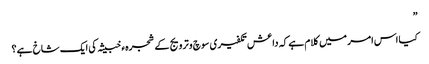
”
کیا اس امر میں کلام ہے کہ داعش تکفیری سوچ و ترویج کے شجرہء خبیثہ کی ایک شاخ ہے؟